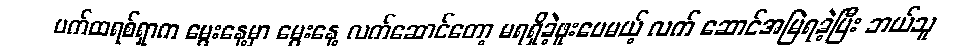
ပက်ထရစ်ရှာက မွေးနေ့မှာ မွေးနေ့ လက်ဆောင်တော့ မရရှိခဲ့ဖူးပေမယ့် လက် ဆောင်အမြဲရခဲ့ပြီး ဘယ်သူ